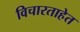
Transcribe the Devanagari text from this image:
विचारताहेत